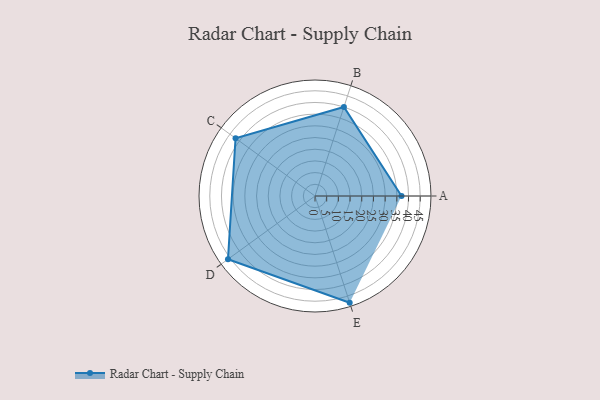
{"axis": {"x": "Skill", "y": "Score"}, "legend": ["Profile"], "data": [{"x": "A", "y": 37.0, "type": "Profile"}, {"x": "B", "y": 40.0, "type": "Profile"}, {"x": "C", "y": 42.0, "type": "Profile"}, {"x": "D", "y": 46.0, "type": "Profile"}, {"x": "E", "y": 48.0, "type": "Profile"}]}